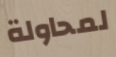
لمحاولة